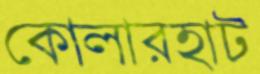
কোলারহাট